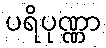
ပရိပုဏ္ဏာ